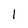
Character: 1